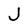
Character: J